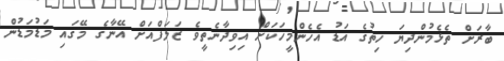
ބާރަށް ތެޅެމުންދިޔަ ހިތުގެ އަޑު އެހެންމީހަކަށް އިވިދާނެތީވެ ޒަލަފްއަށް އޭނާގެ މޭގައި މަޑުމަޑުން